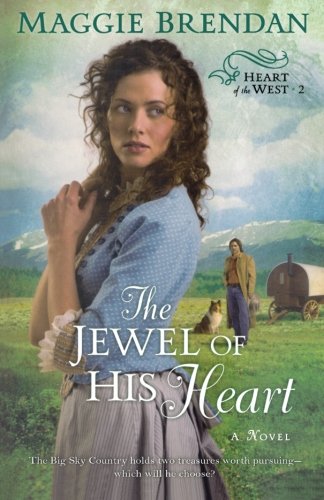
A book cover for The Jewel of His Heart: A Novel (Heart of the West 2); Maggie Brendan; Christian Books & Bibles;